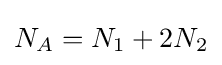
N_{A}=N_{1}+2N_{2}